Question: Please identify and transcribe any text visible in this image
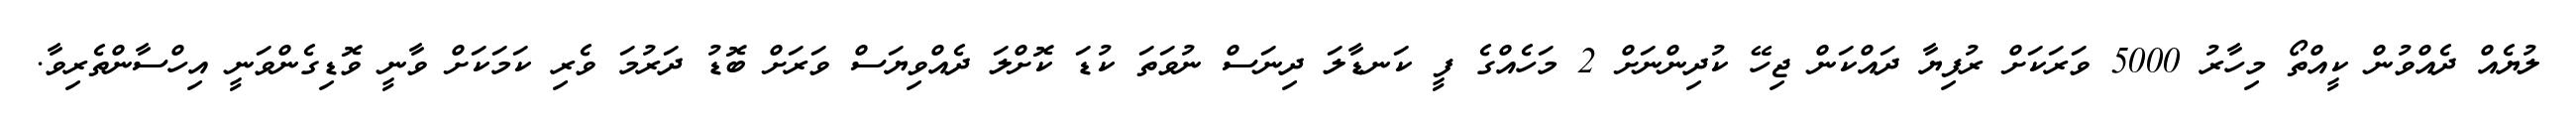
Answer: ލުޔެއް ދެއްވުން ކީއްތޯ މިހާރު 5000 ވަރަކަށް ރުފިޔާ ދައްކަން ޖިހޭ ކުދިންނަށް 2 މަހެއްގެ ފީ ކަނޑާލަ ދިނަސް ނުވަތަ ކުޑަ ކޮށްލަ ދެއްވިޔަސް ވަރަށް ބޮޑު ދަރުމަ ވެރި ކަމަކަށް ވާނީ ވޮޑިގެންވަނީ އިހްސާންތެރިވާ.